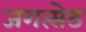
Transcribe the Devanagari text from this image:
जगत्सेठ